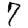
Digit: 7